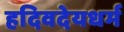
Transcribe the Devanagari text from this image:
हदिवदेयधर्म